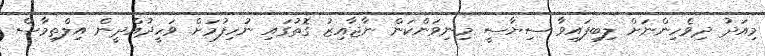
މިއަދު ދިވެހިންނަށް ލިބިފައިވާ ސިޔާސީ މިނިވަންކަން ނާޖާއިޒު ގޮތުގައި ނުހިފުމަށް ވަހީދުއްދީން އިލްތިމާސް